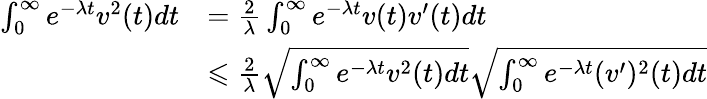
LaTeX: \begin{array}{rl}{\int_{0}^{\infty}e^{-\lambda t}v^{2}(t)dt}&{=\frac 2\lambda\int_{0}^{\infty}e^{-\lambda t}v(t)v^{\prime}(t)dt}\\ &{\leqslant\frac 2\lambda\sqrt{\int_{0}^{\infty}e^{-\lambda t}v^{2}(t)dt}\sqrt{\int_{0}^{\infty}e^{-\lambda t}(v^{\prime})^{2}(t)dt}}\end{array}